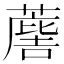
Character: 𮑯